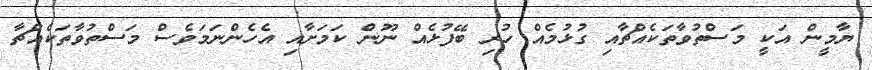
ޔާމީން އަކީ މަސްތުވާތަކެއްޗާއި ގުޅުމެއް ހުރި ބޭފުޅެއް ނޫން ކަމަށާއި އެހެންނަމަވެސް މަސްތުވާތަކެއްޗާ